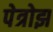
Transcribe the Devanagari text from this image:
पेत्रोझ